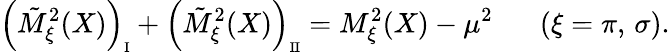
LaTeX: \left(\tilde{M}_{\xi}^{2}(X)\right)_{\mathrm{\scriptsize{I}}}+\left(\tilde{M}_{\xi}^{2}(X)\right)_{\mathrm{\scriptsize{II}}}=M_{\xi}^{2}(X)-\mu^{2}\; \; \; \; \; \; (\xi=\pi,\, \sigma).